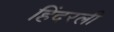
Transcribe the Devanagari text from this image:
हिंदरली